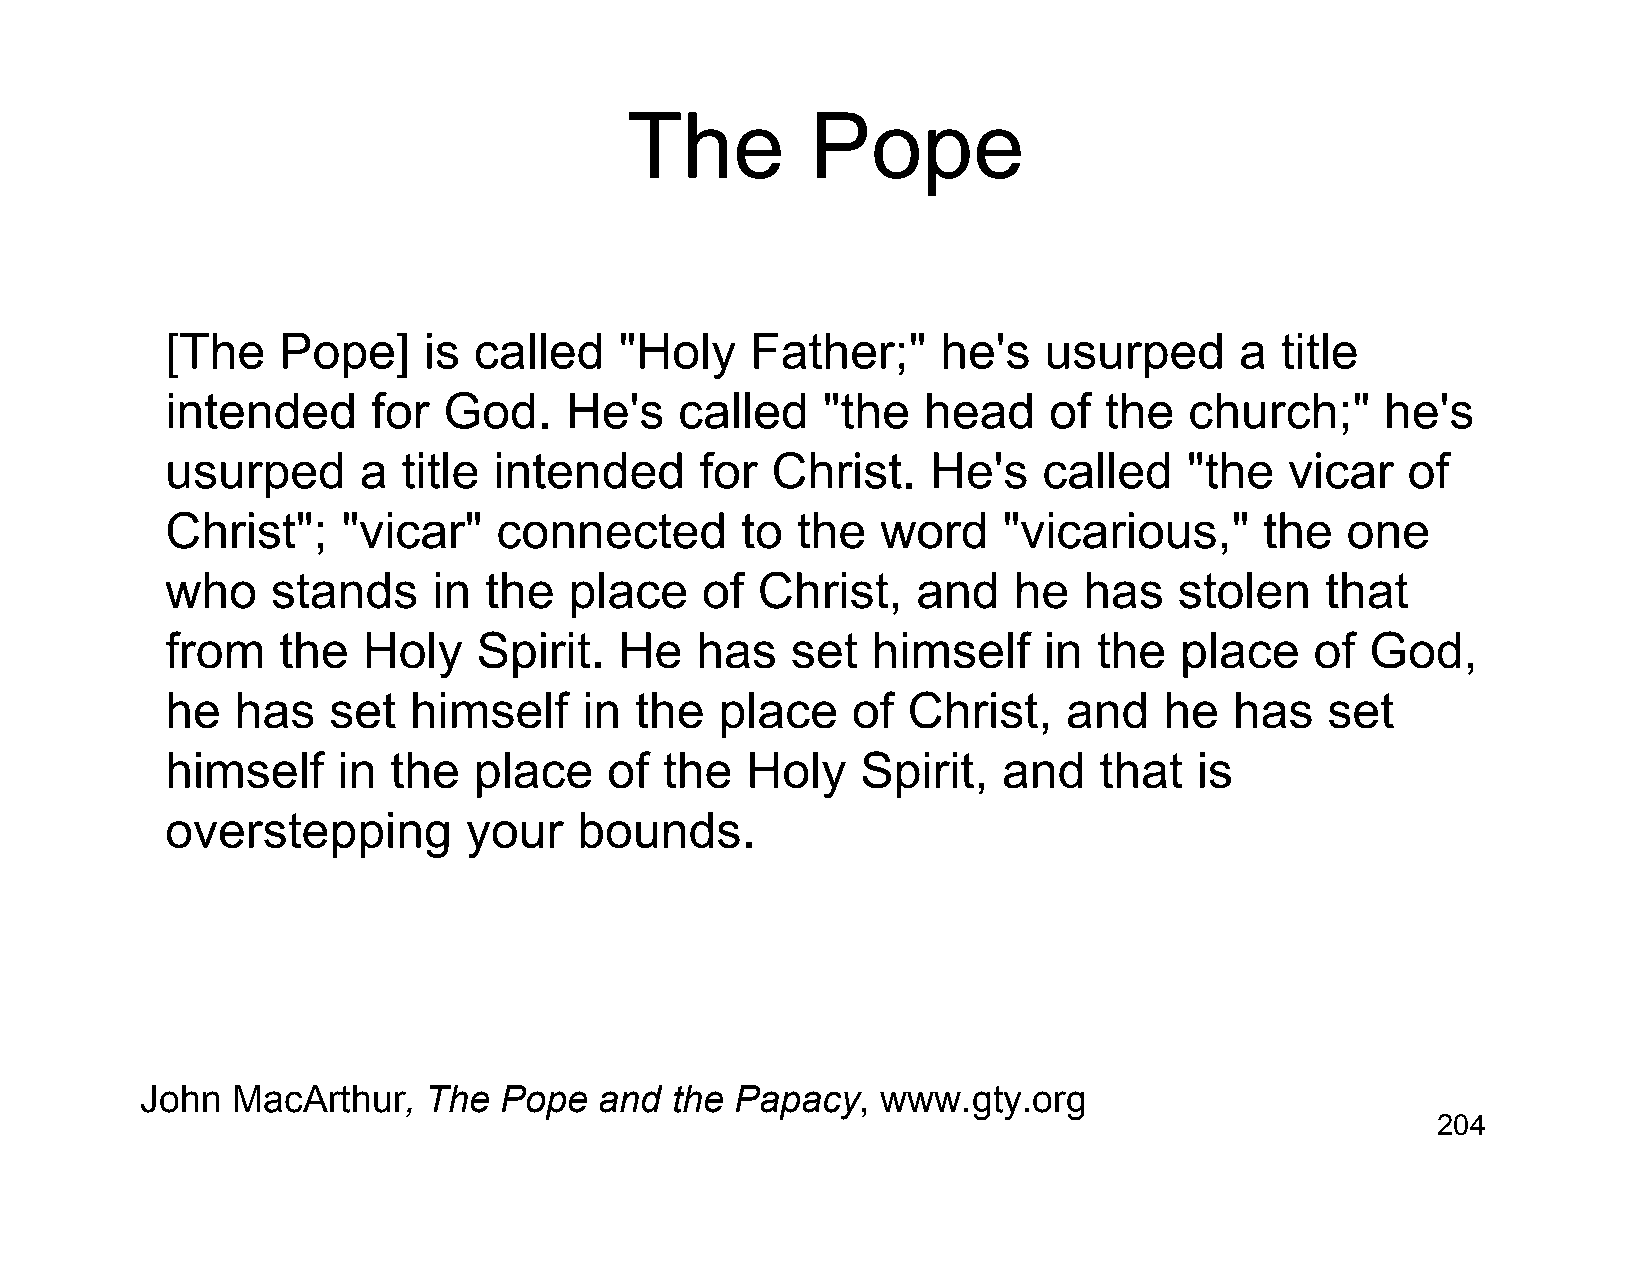
The          Pope
 [The   Pope]     is called    "Holy    Father;"    he's   usurped      a  title
 intended      for God.    He's    called   "the   head    of  the   church;"     he's
 usurped      a  title intended     for  Christ.    He's   called    "the  vicar   of
 Christ";    "vicar"   connected       to  the  word    "vicarious,"      the  one
 who    stands     in the   place   of  Christ,    and   he   has   stolen    that
 from   the   Holy    Spirit.  He   has   set   himself    in  the  place    of  God,
 he   has   set  himself     in the   place   of  Christ,    and   he   has   set
 himself    in  the  place    of  the  Holy    Spirit,  and    that  is
 overstepping        your   bounds.
 John  MacArthur,   The  Pope   and the  Papacy,  www.gty.org
 204